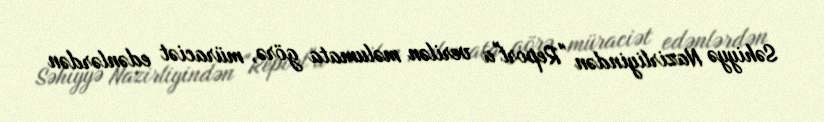
Səhiyyə Nazirliyindən "Report"a verilən məlumata görə, müraciət edənlərdən